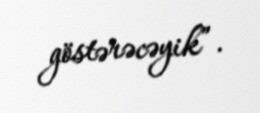
göstərəcəyik”.